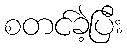
စတင်ခဲ့ပြီး